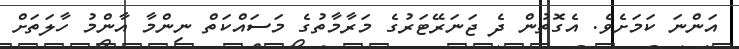
އަންނަ ކަމަށެވެ. އެގޮތުން ދެ ޖަނަރޭޓަރުގެ މަރާމާތުގެ މަސައްކަތް ނިންމާ އާންމު ހާލަތަށް